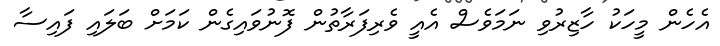
އެހެން މީހަކު ހާޒިރުވި ނަމަވެސް އެއީ ވެރިފަރާތުން ފޮނުވައިގެން ކަމަށް ބަލައި ފައިސާ